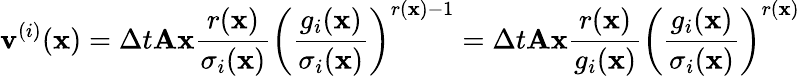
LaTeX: \mathbf v^{(i)}(\mathbf x)=\Delta t\mathbf A\mathbf x\frac{r(\mathbf x)}{\sigma_{i}(\mathbf x)}\left(\frac{g_{i}(\mathbf x)}{\sigma_{i}(\mathbf x)}\right)^{r(\mathbf x)-1}=\Delta t\mathbf A\mathbf x\frac{r(\mathbf x)}{g_{i}(\mathbf x)}\left(\frac{g_{i}(\mathbf x)}{\sigma_{i}(\mathbf x)}\right)^{r(\mathbf x)}